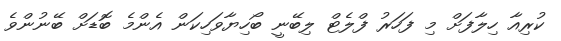
ކުރިއާ ހިލާފަށް މި ފަހަރު ފްލެޓް ލިބޭނީ ބޯހިޔާވަހިކަން އެންމެ ބޮޑަށް ބޭނުންވެ